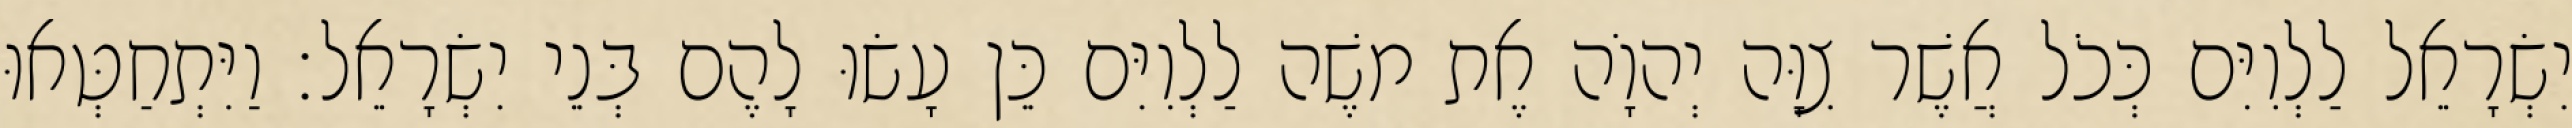
יִשְׂרָאֵל לַלְוִיִּם כְּכֹל אֲשֶׁר צִוָּה יְהוָֹה אֶת משֶׁה לַלְוִיִּם כֵּן עָשׂוּ לָהֶם בְּנֵי יִשְׂרָאֵל׃ וַיִּתְחַטְּאוּ